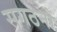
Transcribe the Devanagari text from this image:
सगठनों